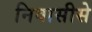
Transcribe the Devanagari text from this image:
निवासीसे